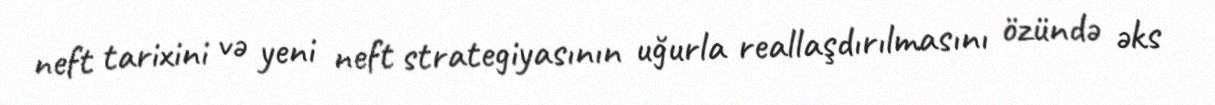
neft tarixini və yeni neft strategiyasının uğurla reallaşdırılmasını özündə əks